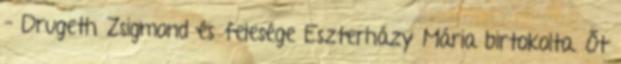
– Drugeth Zsigmond és felesége Eszterházy Mária birtokolta. Őt